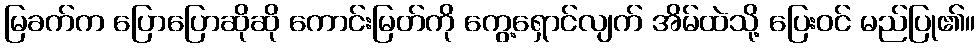
မြခက်က ပြောပြောဆိုဆို ကောင်းမြတ်ကို ကွေ့ရှောင်လျက် အိမ်ထဲသို့ ပြေးဝင် မည်ပြု၏။